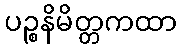
ပဉ္စနိမိတ္တကထာ